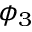
\phi _ { 3 }